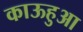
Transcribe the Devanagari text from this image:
काऊहुआ